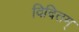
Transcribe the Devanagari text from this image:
विदितम्